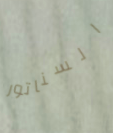
السناتور